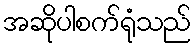
အဆိုပါစက်ရုံသည်